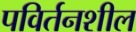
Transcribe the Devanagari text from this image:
पविर्तनशील